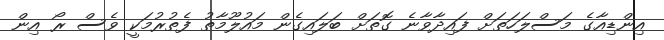
އިންޑިއާގެ މަސްލަހަތަށް ފައިދާވާނެ ގޮތަށް ބަލައިގެން މައުލޫމާތު ފެތުރުމަކީ ވެސް ރޯ އިން